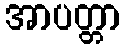
အာပတ္တာ